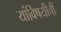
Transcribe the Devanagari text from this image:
यांविषयीची